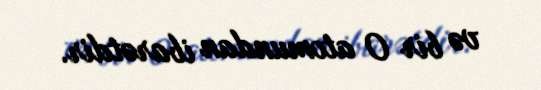
və bir O atomundan ibarətdir.